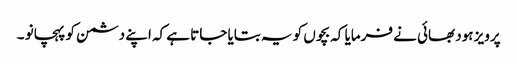
پرویز ہود بھائی نے فرمایا کہ بچوں کو یہ بتایا جاتا ہے کہ اپنے دشمن کو پہچانو ۔